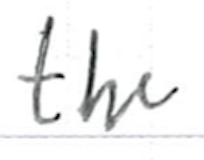
Text: the
Cross-out: clean
Writing tool: ballpoint